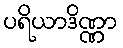
ပရိယာဒိဏ္ဏာ